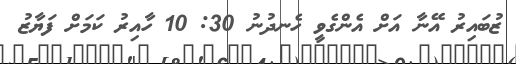
ޒުބައިރު އޭނާ އަށް އެންގެވީ ހެނދުނު 30: 10 ހާއިރު ކަމަށް ފަޔާޒު